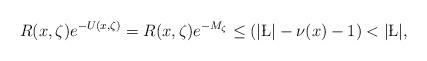
LaTeX: \begin{align*}R(x, \zeta)e^{-U(x, \zeta)}=R(x, \zeta)e^{-M_{\zeta}}\leq (|\L|-\nu(x)-1)<|\L|,\end{align*}